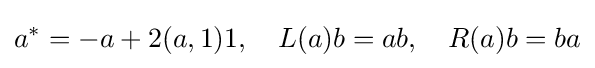
a^{*}=-a+2(a,1)1,\quad L(a)b=ab,\quad R(a)b=ba